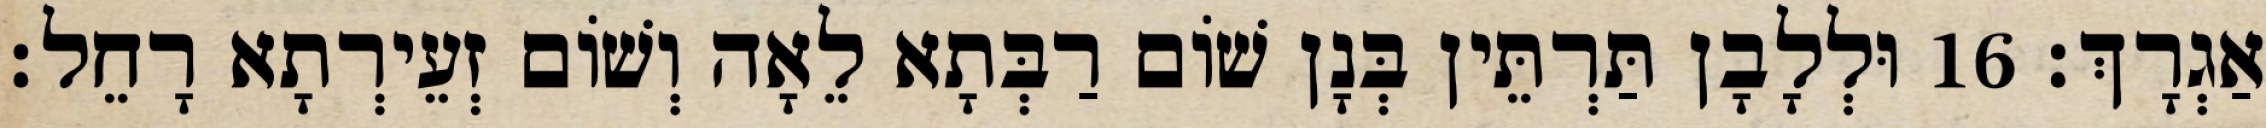
אַגְרָךְ׃ 16 וּלְלָבָן תַּרְתֵּין בְּנָן שׁוֹם רַבְּתָא לֵאָה וְשׁוֹם זְעֵירְתָא רָחֵל׃